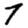
Digit: 7